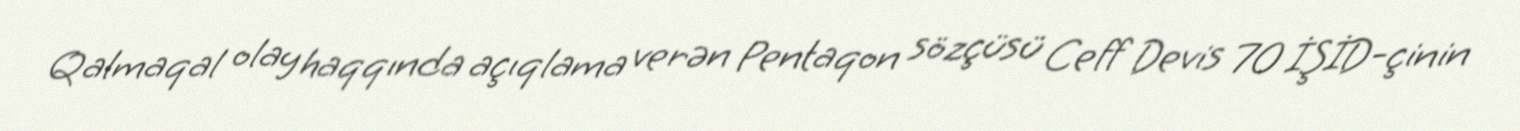
Qalmaqal olay haqqında açıqlama verən Pentaqon sözçüsü Ceff Devis 70 İŞİD-çinin